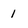
Character: 1